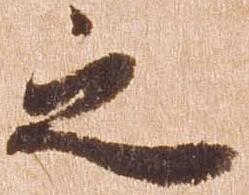
之